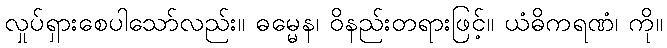
လှုပ်ရှားစေပါသော်လည်း။ ဓမ္မေန၊ ဝိနည်းတရားဖြင့်။ ယံဓိကရဏံ၊ ကို။